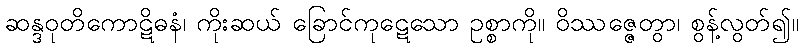
ဆန္ဒဝုတိကောဋိဓနံ၊ ကိုးဆယ် ခြောင်ကုဋေသော ဥစ္စာကို။ ဝိဿဇ္ဇေတွာ၊ စွန့်လွတ်၍။